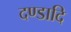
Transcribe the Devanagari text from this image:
दण्डादि